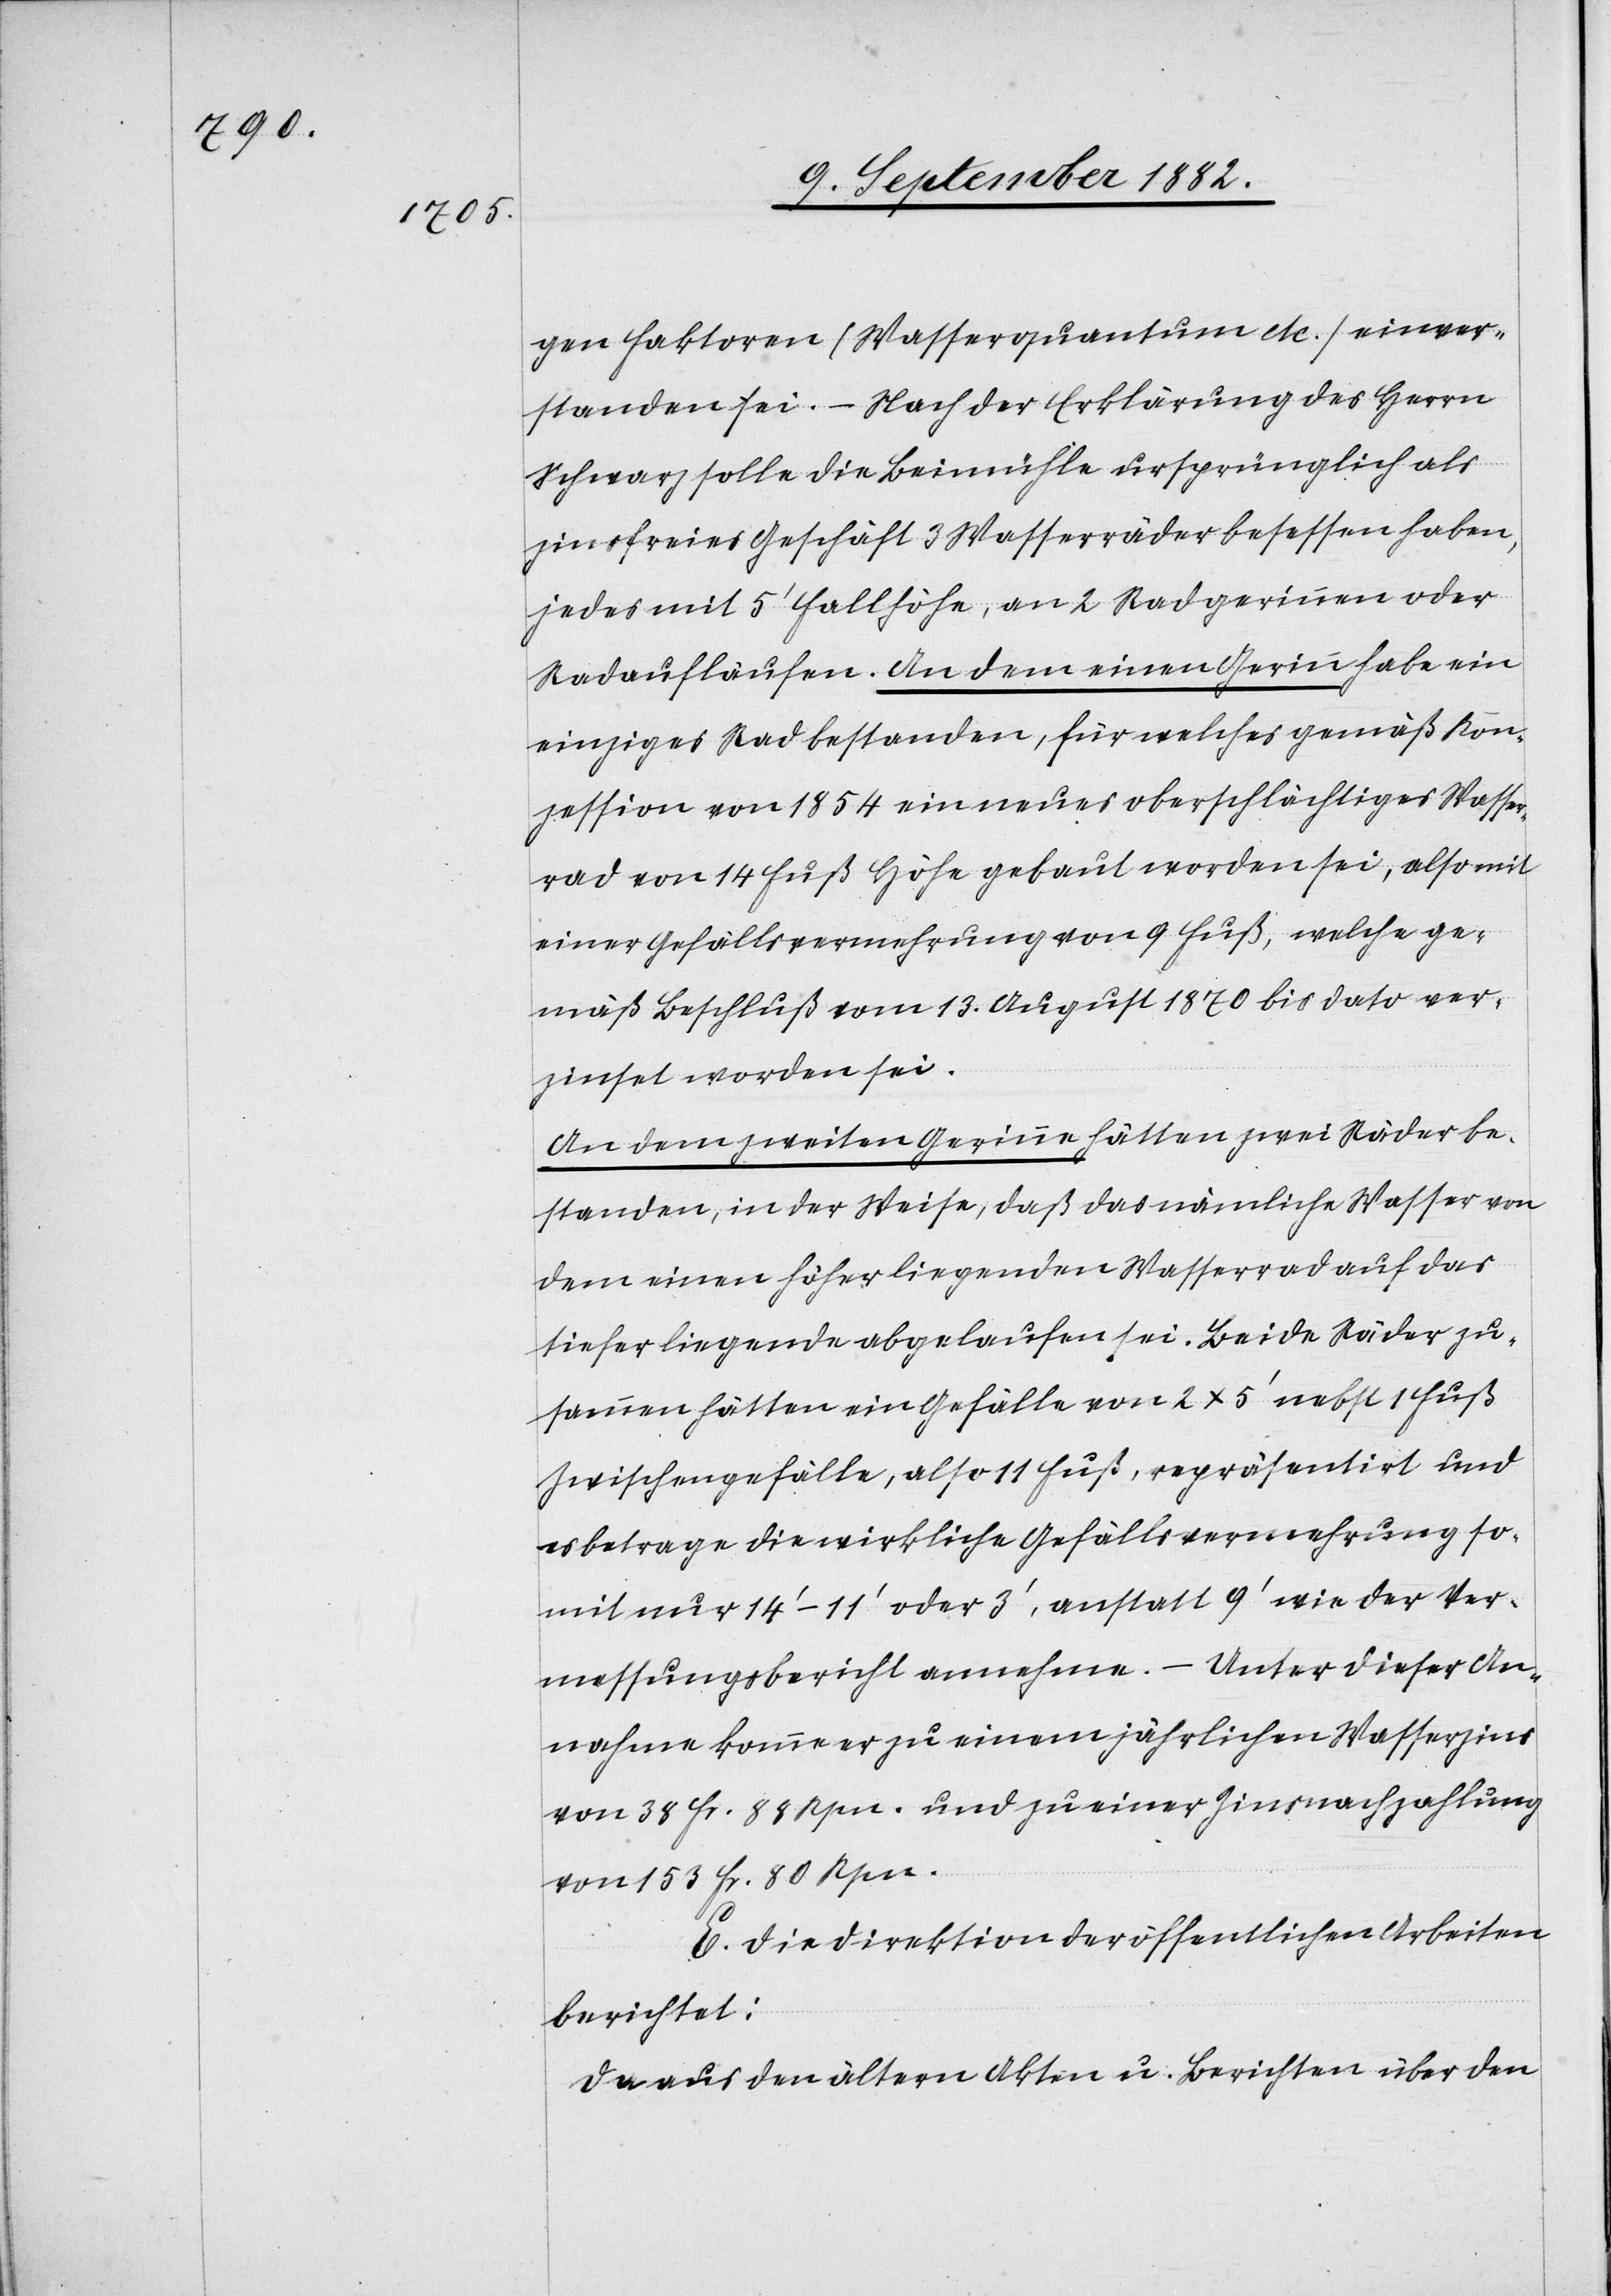
gen Faktoren (Wasserquantum etc.) einver¬
standen sei. – Nach der Erklärung des Herrn
Schwarz solle die Beimühle ursprünglich als
zinsfreies Geschäft 3 Wasserräder besessen haben,
jedes mit 5‘ Fallhöhe, an 2 Radgerinnen oder
Radaufläufen. An den einen Gerinn habe ein
einziges Rad bestanden, für welches gemäß Kon¬
zession von 1854 ein neues oberschlächtiges Wasser¬
rad von 14 Fuß Höhe gebaut worden sei, also mit
einer Gefällsvermehrung von 9 Fuß, welche ge¬
mäß Beschluß vom 13. August 1870 bis dato ver¬
zinset worden sei.
An dem zweiten Gerinne hätten zwei Räder be¬
standen, in der Weise, daß das nämliche Wasser von
dem einen höher liegenden Wasserrad auf das
tiefer liegende abgelaufen sei. Beide Räder zu¬
sammen hätten ein Gefälle von 2 x 5‘ nebst 1 Fuß
Zwischengefälle, also 11 Fuß, repräsentirt und
es betrage die wirkliche Gefällsvermehrung so¬
mit nur 14‘ – 11‘ oder 3‘, anstatt 9‘ wie der Ver¬
messungsbericht annehme. – Unter dieser An¬
nahme komme er zu einem jährlichen Wasserzins
von 38 Fr. 88 Rpn. und zu einer Zinsnachzahlung
von 153 Fr. 80 Rpn.
E. Die Direktion der öffentlichen Arbeiten
berichtet:
Da aus den ältern Akten u. Berichten über den